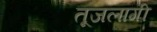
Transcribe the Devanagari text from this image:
तूजलागी